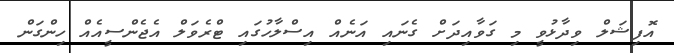
އޮފިޝަލް ވިދާޅުވީ މި ގަވާއިދަށް ގެނައި އަނެއް އިސްލާހުގައި ޓްރެވަލް އެޖެންސީއެއް ހިންގަން